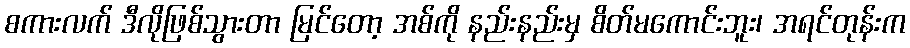
စကားလက် ဒီလိုဖြစ်သွားတာ မြင်တော့ အစ်ကို နည်းနည်းမှ စိတ်မကောင်းဘူး၊ အရင်တုန်းက